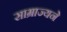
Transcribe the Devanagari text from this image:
साम्राज्यने